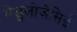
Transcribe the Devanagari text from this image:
मेडुलोज़ेसिई